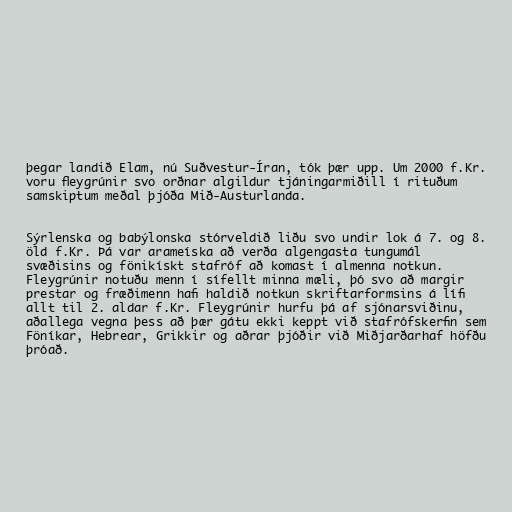
þegar landið Elam, nú Suðvestur-Íran, tók þær upp. Um 2000 f.Kr.
voru fleygrúnir svo orðnar algildur tjáningarmiðill í rituðum
samskiptum meðal þjóða Mið-Austurlanda.

Sýrlenska og babýlonska stórveldið liðu svo undir lok á 7. og 8.
öld f.Kr. Þá var arameíska að verða algengasta tungumál
svæðisins og fönikískt stafróf að komast í almenna notkun.
Fleygrúnir notuðu menn í sífellt minna mæli, þó svo að margir
prestar og fræðimenn hafi haldið notkun skriftarformsins á lífi
allt til 2. aldar f.Kr. Fleygrúnir hurfu þá af sjónarsviðinu,
aðallega vegna þess að þær gátu ekki keppt við stafrófskerfin sem
Föníkar, Hebrear, Grikkir og aðrar þjóðir við Miðjarðarhaf höfðu
þróað.